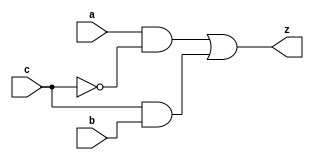
module yMux1(z, a, b, c); 
output z; 
input a, b, c; 
wire notC, upper, lower; 
not my_not(notC, c); 
and upperAnd(upper, a, notC); 
and lowerAnd(lower, c, b); 
or my_or(z, upper, lower); 
endmodule